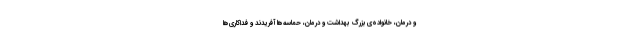
و درمان، خانواده‌ی بزرگِ بهداشت و درمان، حماسه‌ها آفریدند و فداکاری‌ها